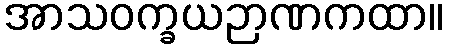
အာသဝက္ခယဉာဏကထာ။